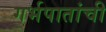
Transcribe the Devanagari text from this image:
गर्भपातांची